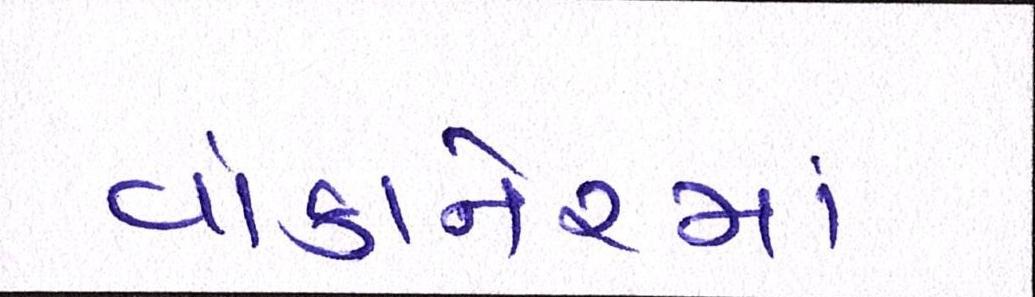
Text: વાંકાનેરમાં